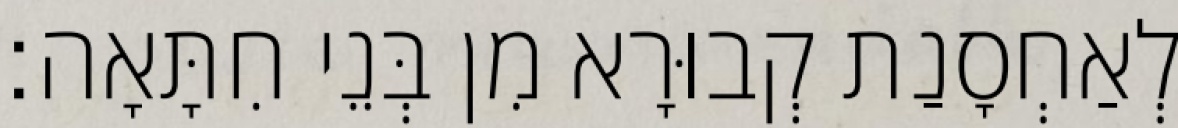
לְאַחְסָנַת קְבוּרָא מִן בְּנֵי חִתָּאָה׃